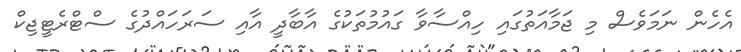
އެހެން ނަމަވެސް މި ޖަމާއަތުގައި ހިއްސާވާ ގައުމުތަކުގެ އާބާދީ އާއި ސަރަހައްދުގެ ސްޓްރެޓީޖިކް